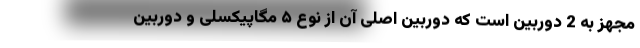
مجهز به 2 دوربین است که دوربین اصلی آن از نوع ۵ مگاپیکسلی و دوربین